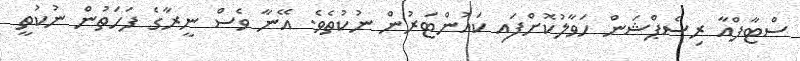
ސްޓާފްއާ ރިސެޕްޝަން ހަވާލުކޮށްފައި ކައުންޓަރުން ނުކުތެވެ. އޭނާ ވެސް ނީރާގެ ފަހަތުން ނުކުތީ